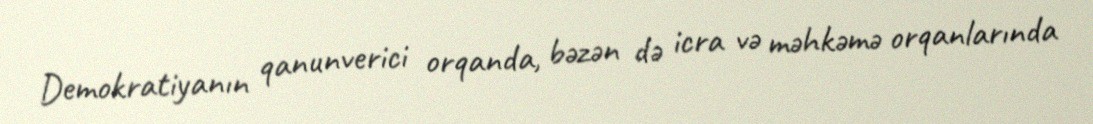
Demokratiyanın qanunverici orqanda, bəzən də icra və məhkəmə orqanlarında